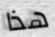
هذا